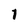
Character: 1